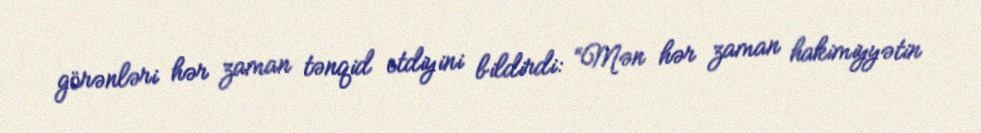
görənləri hər zaman tənqid etdiyini bildirdi: “Mən hər zaman hakimiyyətin